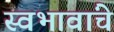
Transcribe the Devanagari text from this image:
स्वभावांचे